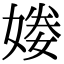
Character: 𡟒